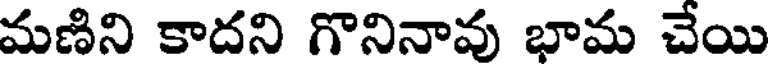
మణిని కాదని గొనినావు భామ చేయి